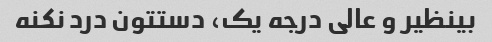
بینظیر و عالی درجه یک، دستتون درد نکنه